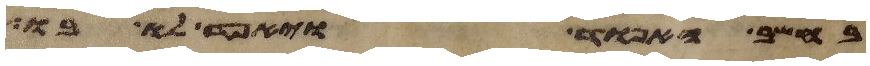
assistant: בחשב האפוד ויאפד לו בו